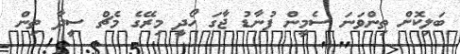
ބަލިކޮށް ތިންވަނަ ސެމީން ފުނާޑު ޖާގަ ހޯދީ މިރޭގެ މެޗް ސީދާ ތިން